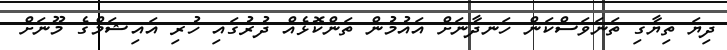
ދިޔަ ތިޔާގި ތަނަވަސްކަން ހަނދާނަށް އައުމުން ތަންކޮޅެއް ދުރުގައި ހުރި އައިޝަމްގެ މޫނަށް